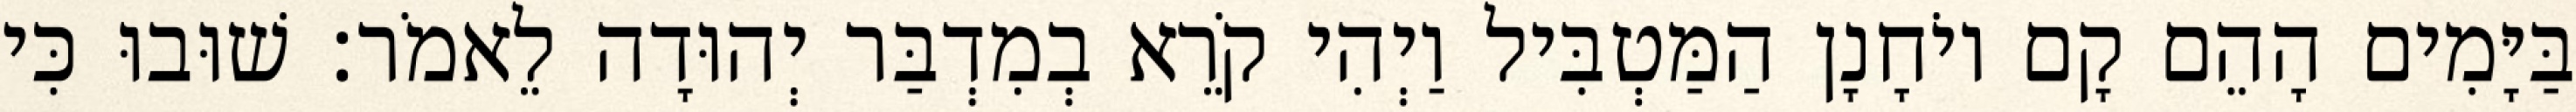
בַּיָּמִים הָהֵם קָם יוֹחָנָן הַמַּטְבִּיל וַיְהִי קֹרֵא בְמִדְבַּר יְהוּדָה לֵאמֹר׃ שׁוּבוּ כִּי